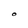
Character: O